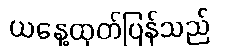
ယနေ့ထုတ်ပြန်သည်